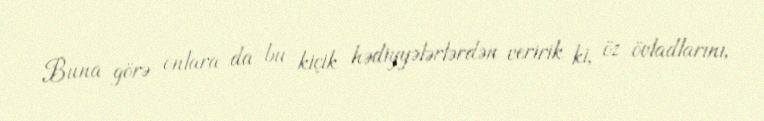
Buna görə onlara da bu kiçik hədiyyələrlərdən veririk ki, öz övladlarını,